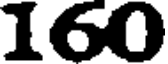
160